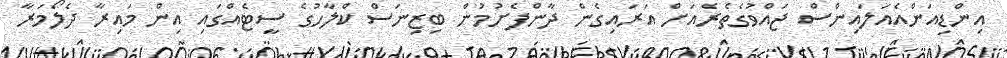
އިންޑިއަންއެއަލައިންސް ޖައްވުގެތެރެއަށް އަރައިގެން ދާންފެށުމުން ބިޒިނަސް ކްލާހުގެ ސީޓެއްގައި އިން މައިރާ ދެލޯމަރާ